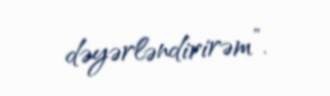
dəyərləndirirəm”.